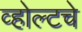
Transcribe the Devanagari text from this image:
व्होल्टचे